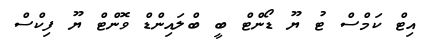
އިޓް ކަމްސް ޓު ޔޫ ޑޯންޓް ބީ ބްލައިންޑް ވޮންޓް ޔޫ ފިކްސް